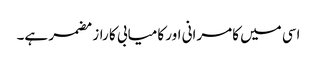
اسی میں کامرانی اور کامیابی کا راز مضمر ہے۔